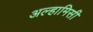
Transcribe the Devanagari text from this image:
अल्हामिसी